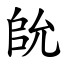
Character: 䦾